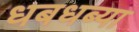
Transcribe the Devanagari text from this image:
धबधब्या